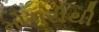
મોગરીથી